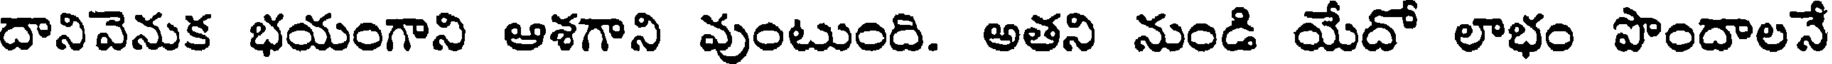
దానివెనుక భయంగాని ఆశగాని వుంటుంది. అతని నుండి యేదో లాభం పొందాలనే